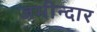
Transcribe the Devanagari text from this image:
जमीन्दार